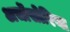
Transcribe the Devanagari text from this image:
अर्चोसोरिया